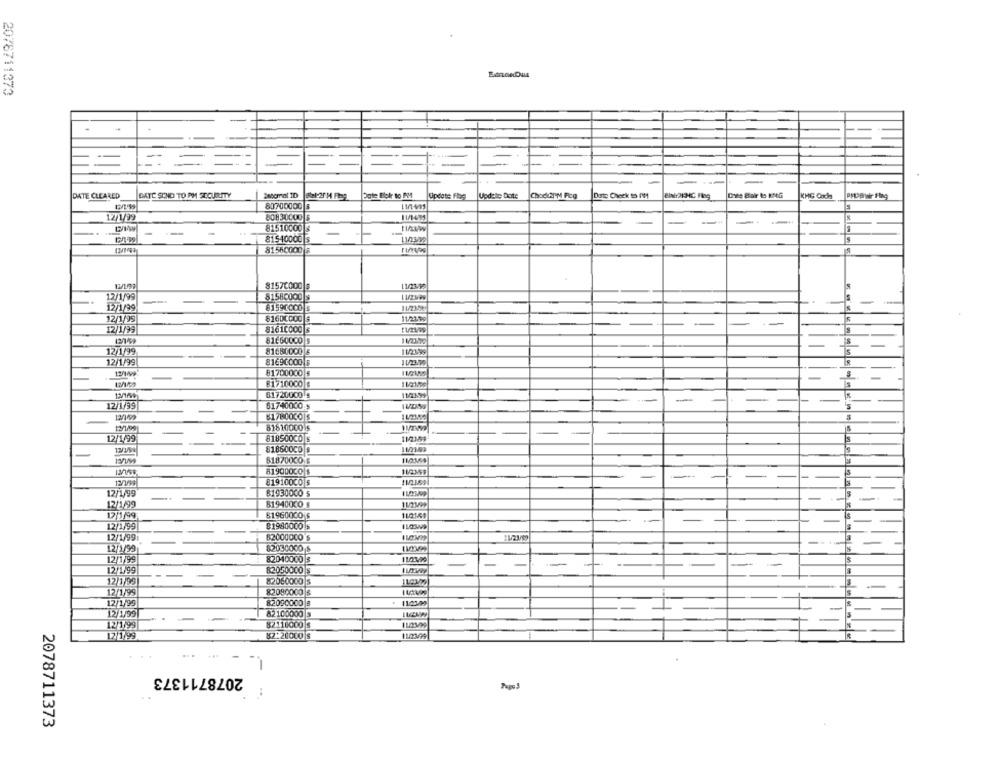
2076711373
DATE CLEARED
DATE SEND TO PM SECURITY
gte Bbir to PM
Update Flog
Update Date
Chodkap'M Fig
KMG Code
80700000 8
S
12/1/99
80830000 5
11/1495
---
81510000 $
- --
81540000 5
81560000 8
81570000 $
11/23-58
12/1/99
81580000 $
-
12/1/99
8159COCO 5
12/1/99
81600000 $
11/21.99
12/1/99
81610000 s
12/1/99
81680000 &
11/2199
12/1/99
81690000 3
81700000 $
81710000 $
81720000
12/1/99
61740000 $
8171003015
81810000 5
12/1/99
818500CO s
81860000 $
11/21499
818700CO $
819000COS
11/2169
12/1/99
81910000 $
12/1/99
81930000 5
12/1/99
81940000 $
11/2199
17/1/99
819600CO S
112169
12/1/99
81980000 $
12/1/99:
82000000'S
12/1/99
82030000 8
12/1/99
82040000 $
1100,00
-
12/1/99
82050000 |
-
- -
12/3/99
82060000 5
12/1/99
82090000 &
12/1/99
82090000 8
12/ 1/99
82100000 3
121799
82116000 $
17/199
82.20000 s
AHABIINMI
2078711373
-
Pago3
..
2078711373